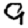
Digit: 9